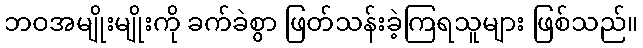
ဘဝအမျိုးမျိုးကို ခက်ခဲစွာ ဖြတ်သန်းခဲ့ကြရသူများ ဖြစ်သည်။